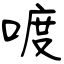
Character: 喥